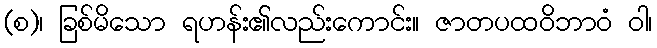
(စ)၊ ခြစ်မိသော ရဟန်း၏လည်းကောင်း။ ဇာတပထဝိဘာဝံ ဝါ၊